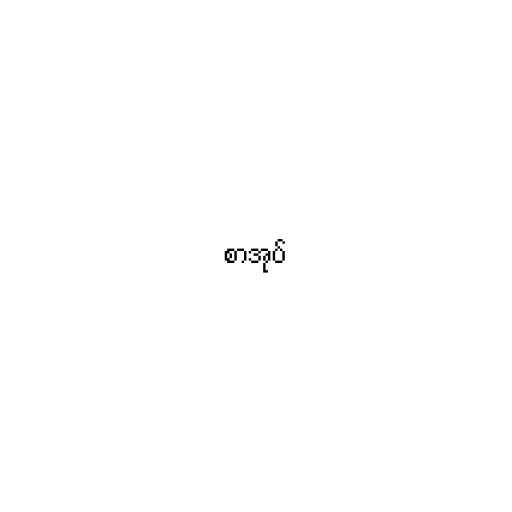
စာအုပ်